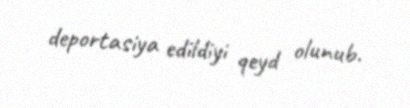
deportasiya edildiyi qeyd olunub.